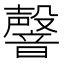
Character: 韾